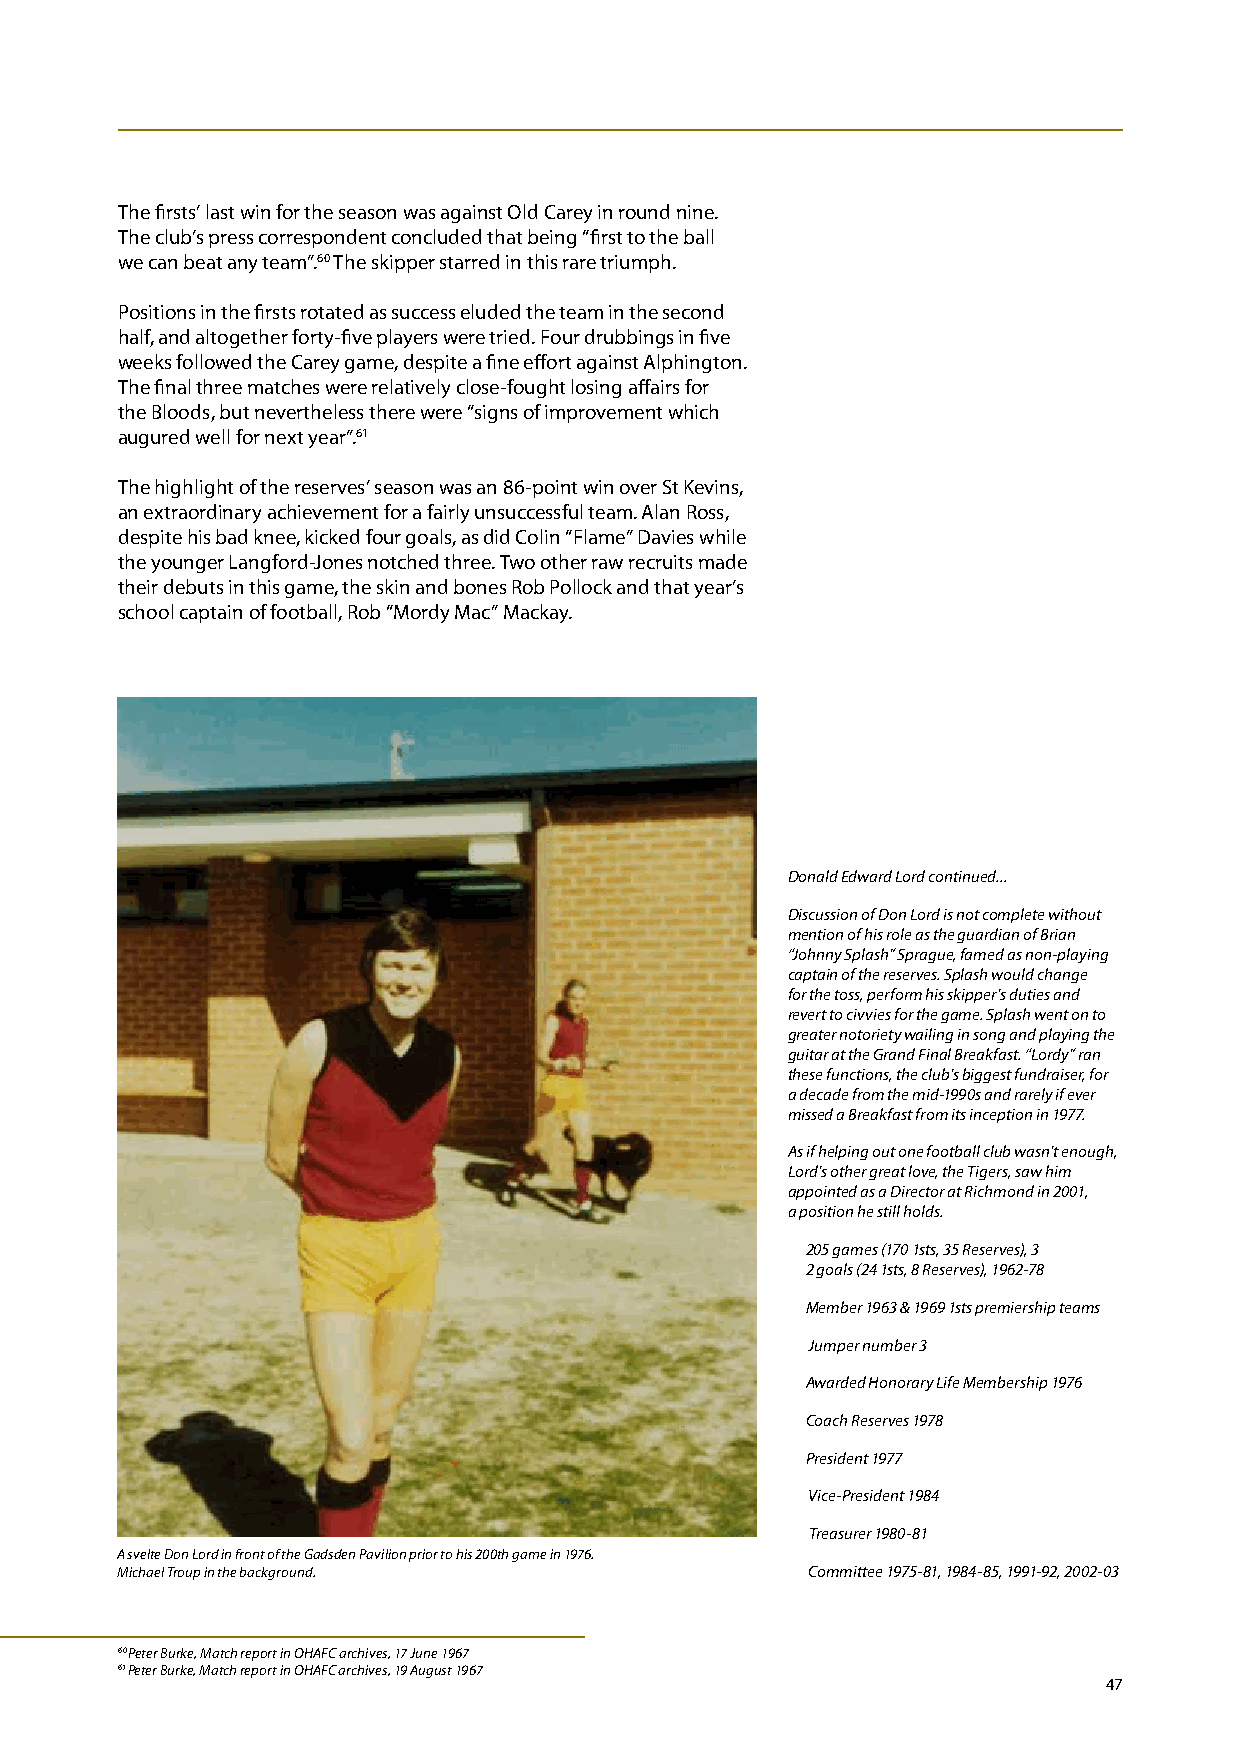
The firsts’ last win for the season was against Old Carey in round nine.
 The club’s press correspondent concluded that being “first to the ball
 we can beat any team”.60 The skipper starred in this rare triumph.
 Positions in the firsts rotated as success eluded the team in the second
 half, and altogether forty-five players were tried. Four drubbings in five
 weeks followed the Carey game, despite a fine effort against Alphington.
 The final three matches were relatively close-fought losing affairs for
 the Bloods, but nevertheless there were “signs of improvement which
 augured well for next year”.61
 The highlight of the reserves’ season was an 86-point win over St Kevins,
 an extraordinary achievement for a fairly unsuccessful team. Alan Ross,
 despite his bad knee, kicked four goals, as did Colin “Flame” Davies while
 the younger Langford-Jones notched three. Two other raw recruits made
 their debuts in this game, the skin and bones Rob Pollock and that year’s
 school captain of football, Rob “Mordy Mac” Mackay.
 Donald Edward Lord continued...
 Discussion of Don Lord is not complete without
 mention of his role as the guardian of Brian
 “Johnny Splash” Sprague, famed as non-playing
 captain of the reserves. Splash would change
 for the toss, perform his skipper’s duties and
 revert to civvies for the game. Splash went on to
 greater notoriety wailing in song and playing the
 guitar at the Grand Final Breakfast. “Lordy” ran
 these functions, the club’s biggest fundraiser, for
 a decade from the mid-1990s and rarely if ever
 missed a Breakfast from its inception in 1977.
 As if helping out one football club wasn’t enough,
 Lord’s other great love, the Tigers, saw him
 appointed as a Director at Richmond in 2001,
 a position he still holds.
 205 games (170 1sts, 35 Reserves), 3
 2 goals (24 1sts, 8 Reserves), 1962-78
 Member 1963 & 1969 1sts premiership teams
 Jumper number 3
 Awarded Honorary Life Membership 1976
 Coach Reserves 1978
 President 1977
 Vice-President 1984
 Treasurer 1980-81
 A svelte Don Lord in front of the Gadsden Pavilion prior to his 200th game in 1976.
 Michael Troup in the background.              Committee 1975-81, 1984-85, 1991-92, 2002-03
 60 Peter Burke, Match report in OHAFC archives, 17 June 1967
 61 Peter Burke, Match report in OHAFC archives, 19 August 1967
 47